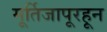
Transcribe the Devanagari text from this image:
मूर्तिजापूरहून